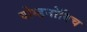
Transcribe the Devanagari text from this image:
बोग्डनोविच